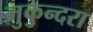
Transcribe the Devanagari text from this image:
मुकुन्दरा